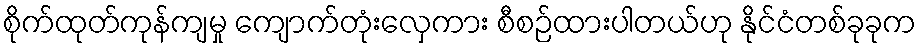
စိုက်ထုတ်ကုန်ကျမှု ကျောက်တုံးလှေကား စီစဉ်ထားပါတယ်ဟု နိုင်ငံတစ်ခုခုက